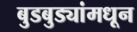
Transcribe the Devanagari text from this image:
बुडबुड्यांमधून